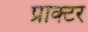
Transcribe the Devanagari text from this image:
प्राक्टर